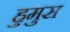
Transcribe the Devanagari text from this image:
हुमुस